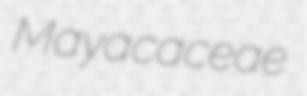
Mayacaceae